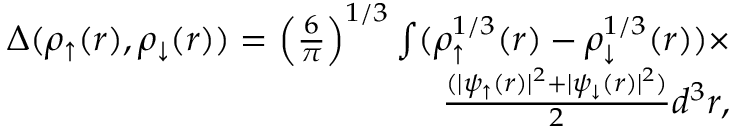
\begin{array} { r } { \Delta ( \rho _ { \uparrow } ( r ) , \rho _ { \downarrow } ( r ) ) = \Big ( \frac { 6 } { \pi } \Big ) ^ { 1 / 3 } \int ( \rho _ { \uparrow } ^ { 1 / 3 } ( r ) - \rho _ { \downarrow } ^ { 1 / 3 } ( r ) ) \times } \\ { \frac { ( | \psi _ { \uparrow } ( r ) | ^ { 2 } + | \psi _ { \downarrow } ( r ) | ^ { 2 } ) } { 2 } d ^ { 3 } r , } \end{array}